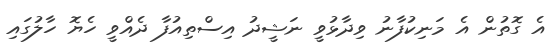
އެ ގޮތުން އެ މަނިކުފާނު ވިދާޅުވީ ނަޝީދު އިސްތިއުފާ ދެއްވީ ހެޔޮ ހާލުގައި